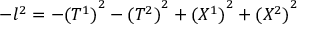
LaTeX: - l ^ { 2 } = - { ( T ^ { 1 } ) } ^ { 2 } - { ( T ^ { 2 } ) } ^ { 2 } + { ( X ^ { 1 } ) } ^ { 2 } + { ( X ^ { 2 } ) } ^ { 2 }